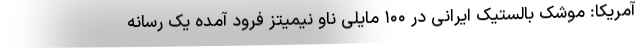
آمریکا: موشک بالستیک ایرانی در ۱۰۰ مایلی ناو نیمیتز فرود آمده یک رسانه